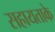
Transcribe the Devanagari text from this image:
सहायताके